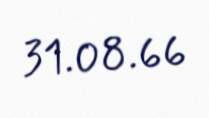
31.08.66